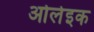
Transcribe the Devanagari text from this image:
ओलेइक